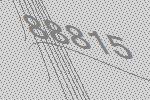
88815